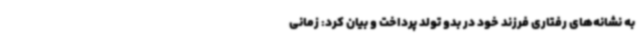
به نشانه‌های رفتاری فرزند خود در بدو تولد پرداخت و بیان کرد: زمانی